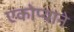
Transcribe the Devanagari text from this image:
एकोप्याने